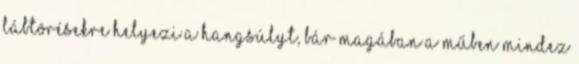
lábtörésekre helyezi a hangsúlyt, bár magában a műben mindez